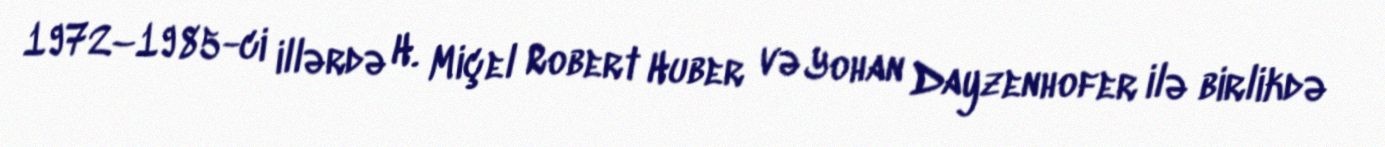
1972–1985-ci illərdə H. Miçel Robert Huber və Yohan Dayzenhofer ilə birlikdə